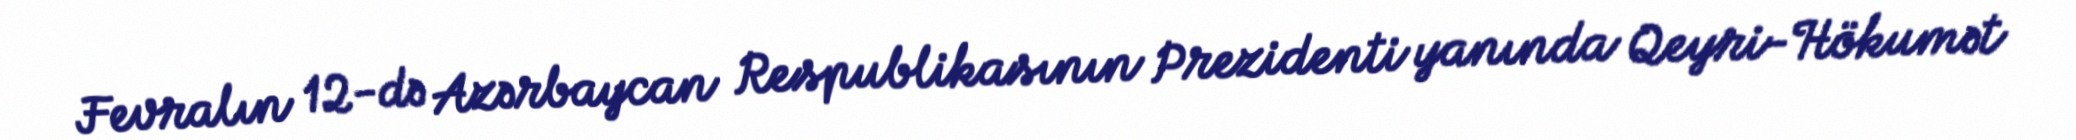
Fevralın 12-də Azərbaycan Respublikasının Prezidenti yanında Qeyri-Hökumət